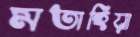
মতাহিয়া